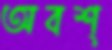
অবশ্